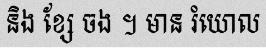
និង ខ្សែ ចង ។ មាន រំយោល